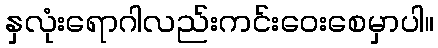
နှလုံးရောဂါလည်းကင်းဝေးစေမှာပါ။